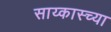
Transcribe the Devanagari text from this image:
साय्कास्च्या